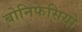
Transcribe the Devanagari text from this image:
बोनिफेसियो